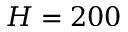
H = 2 0 0